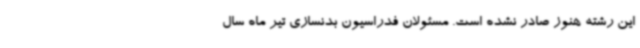
این رشته هنوز صادر نشده است. مسئولان فدراسیون بدنسازی تیر ماه سال